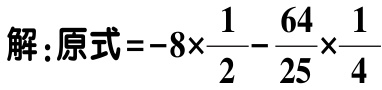
解:原式\(=-8\times\frac{1}{2}-\frac{64}{25}\times\frac{1}{4}\)